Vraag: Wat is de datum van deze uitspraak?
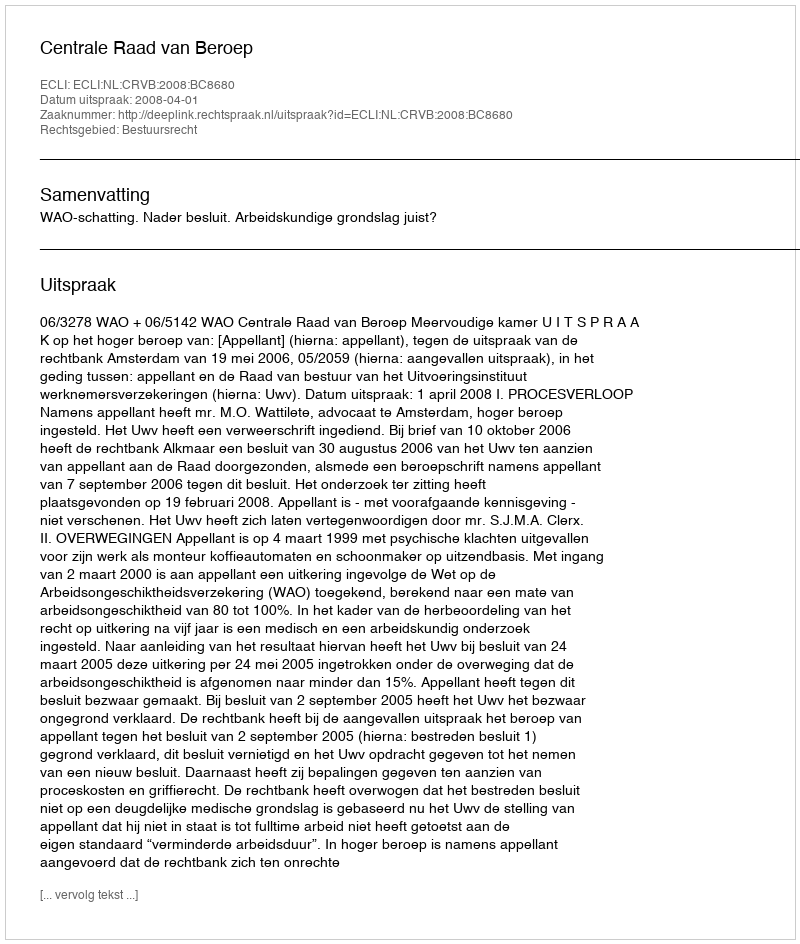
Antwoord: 2008-04-01